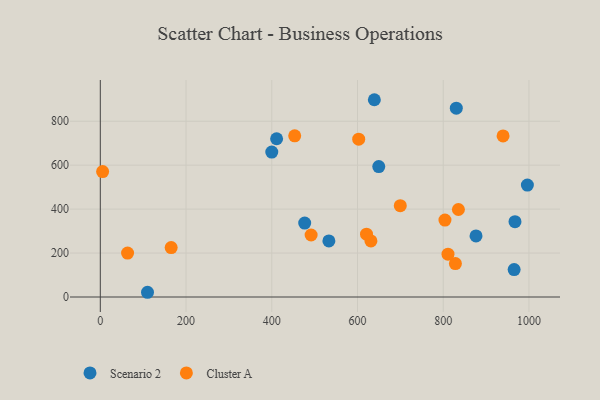
{"axis": {"x": "Distance", "y": "Fuel Efficiency"}, "legend": ["Cluster A", "Scenario 2"], "data": [{"x": "965.4", "y": 124.8, "type": "Scenario 2"}, {"x": "400.0", "y": 659.4, "type": "Scenario 2"}, {"x": "967.4", "y": 343.0, "type": "Scenario 2"}, {"x": "830.5", "y": 859.4, "type": "Scenario 2"}, {"x": "649.6", "y": 593.8, "type": "Scenario 2"}, {"x": "411.3", "y": 720.2, "type": "Scenario 2"}, {"x": "639.3", "y": 897.9, "type": "Scenario 2"}, {"x": "533.2", "y": 255.2, "type": "Scenario 2"}, {"x": "110.1", "y": 21.5, "type": "Scenario 2"}, {"x": "876.5", "y": 278.2, "type": "Scenario 2"}, {"x": "996.3", "y": 509.5, "type": "Scenario 2"}, {"x": "476.8", "y": 336.6, "type": "Scenario 2"}, {"x": "828.4", "y": 152.2, "type": "Cluster A"}, {"x": "63.6", "y": 199.9, "type": "Cluster A"}, {"x": "699.8", "y": 415.7, "type": "Cluster A"}, {"x": "165.3", "y": 225.1, "type": "Cluster A"}, {"x": "939.6", "y": 733.1, "type": "Cluster A"}, {"x": "602.8", "y": 718.3, "type": "Cluster A"}, {"x": "835.4", "y": 398.2, "type": "Cluster A"}, {"x": "804.0", "y": 350.2, "type": "Cluster A"}, {"x": "491.8", "y": 282.2, "type": "Cluster A"}, {"x": "5.4", "y": 571.0, "type": "Cluster A"}, {"x": "453.5", "y": 733.4, "type": "Cluster A"}, {"x": "631.3", "y": 255.0, "type": "Cluster A"}, {"x": "621.0", "y": 286.0, "type": "Cluster A"}, {"x": "811.1", "y": 194.7, "type": "Cluster A"}]}